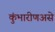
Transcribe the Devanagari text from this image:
कुंभारीणअसे